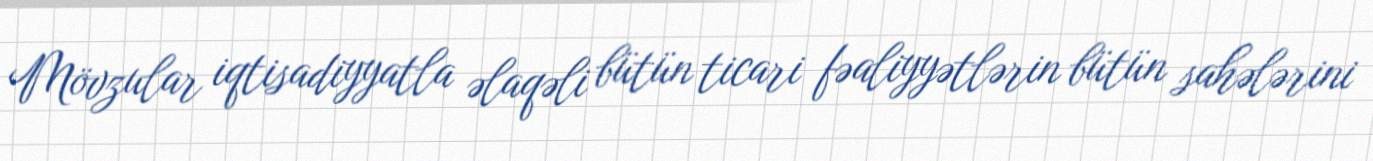
Mövzular iqtisadiyyatla əlaqəli bütün ticari fəaliyyətlərin bütün sahələrini